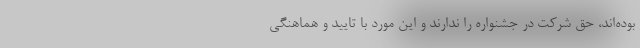
بوده‌اند، حق شرکت در جشنواره را ندارند و این مورد با تایید و هماهنگی